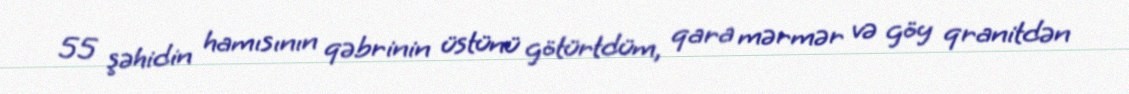
55 şəhidin hamısının qəbrinin üstünü götürtdüm, qara mərmər və göy qranitdən